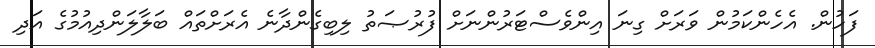
ފަހުން. އެހެންކަމުން ވަރަށް ގިނަ އިންވެސްޓަރުންނަށް ފުރުޞަތު ލިބިގެންދާނެ އެރަށްތައް ބަލާލަންދިއުމުގެ އަދި